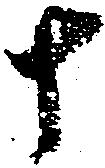
十